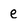
Character: e